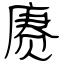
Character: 赓